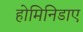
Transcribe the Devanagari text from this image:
होमिनिडाए